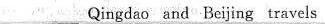
___Qingdao and Beijing travels